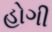
હોગી